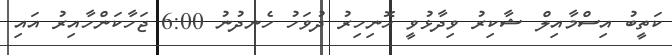
ކަތީބު އިސްމާއިލް ޝާކިރު ވިދާޅުވީ ހޮނިހިރު ދުވަހު ހެނދުނު 6:00 ޖަހާކަންހާއިރު އައި